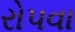
રોપવા